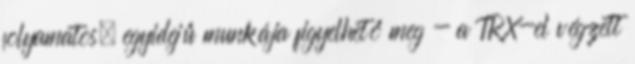
folyamatos, egyidejű munkája figyelhető meg - a TRX-el végzett